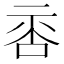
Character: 𠴅